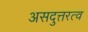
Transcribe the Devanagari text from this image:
असदुत्तरत्व